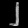
Digit: ၂